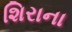
શિરાના